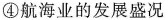
④航海业的发展盛况